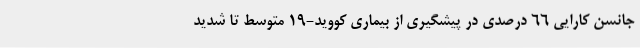
جانسن کارایی 66 درصدی در پیشگیری از بیماری کووید-19 متوسط تا شدید